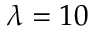
\lambda = 1 0